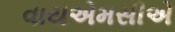
વાયએમસીએ